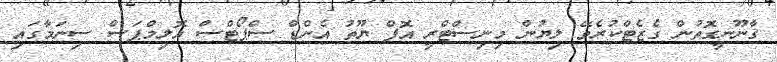
ޤާނޫނީގޮތުން ގެޒެޓްކުރެވޭ ލިޔުން މިނިސްޓްރީ އޮފް ޔޫތު އެންޑް ސްޕޯޓްސް އޮލިމްޕަސް ސިނަމާގައި